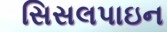
સિસલપાઇન